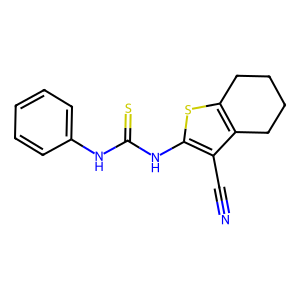
SMILES: N#Cc1c(NC(=S)Nc2ccccc2)sc2c1CCCC2
Inhibits HIV replication: No